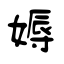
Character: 媷